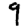
Digit: 9